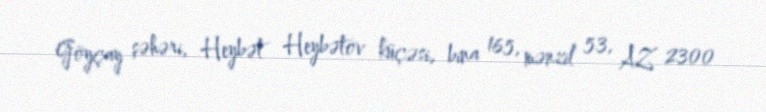
Göyçay şəhəri, Heybət Heybətov küçəsi, bina 165, mənzil 53, AZ 2300